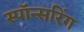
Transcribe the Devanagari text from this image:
स्पॉन्सरिंग